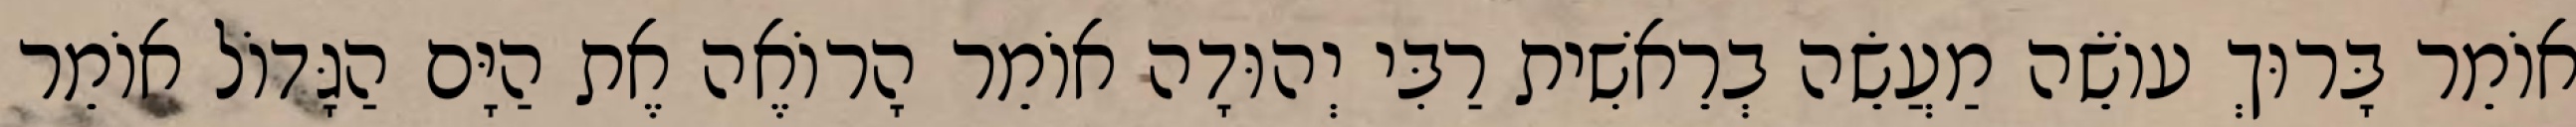
אוֹמֵר בָּרוּךְ עוֹשֵׂה מַעֲשֵׂה בְרֵאשִׁית רַבִּי יְהוּדָה אוֹמֵר הָרוֹאֶה אֶת הַיָּם הַגָּדוֹל אוֹמֵר